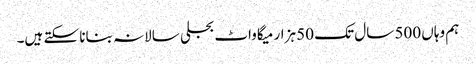
ہم وہاں 500 سال تک 50 ہزار میگاواٹ بجلی سالانہ بنانا سکتے ہیں۔